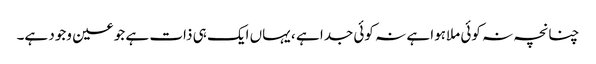
چنانچہ نہ کوئی ملاہوا ہے نہ کوئی جدا ہے ، یہاں ایک ہی ذات ہے جو عین وجود ہے۔